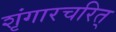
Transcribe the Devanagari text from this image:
शृंगारचरित्